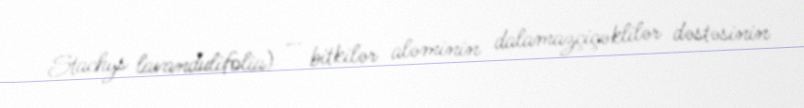
Stachys lavandulifolia) — bitkilər aləminin dalamazçiçəklilər dəstəsinin